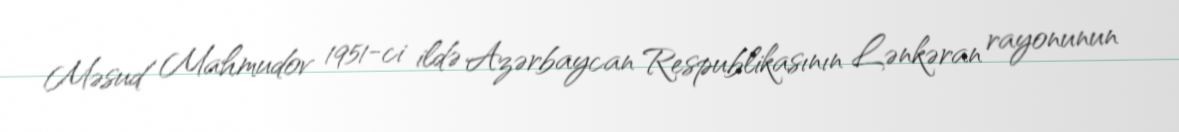
Məsud Mahmudov 1951-ci ildə Azərbaycan Respublikasının Lənkəran rayonunun